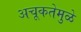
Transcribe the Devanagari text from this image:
अचूकतेमुळे